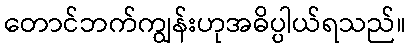
တောင်ဘက်ကျွန်းဟုအဓိပ္ပါယ်ရသည်။